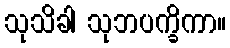
သုသိခါ သုဘပက္ခိကာ။